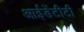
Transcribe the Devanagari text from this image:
आईडेंटीटी